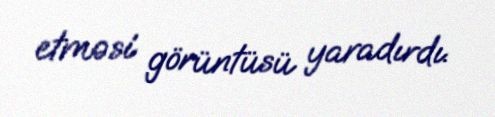
etməsi görüntüsü yaradırdı.